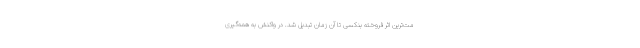
مت‌ترین اثر فروخته بنکسی تا آن زمان تبدیل شد. در واکنش به همه‌گیری